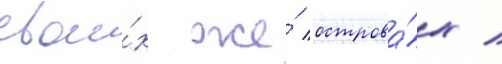
свои́х же́ острова́х /